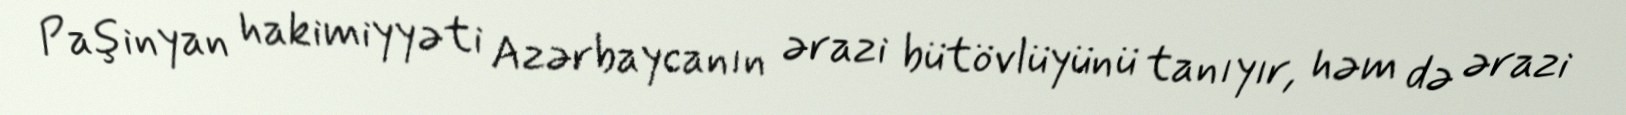
Paşinyan hakimiyyəti Azərbaycanın ərazi bütövlüyünü tanıyır, həm də ərazi